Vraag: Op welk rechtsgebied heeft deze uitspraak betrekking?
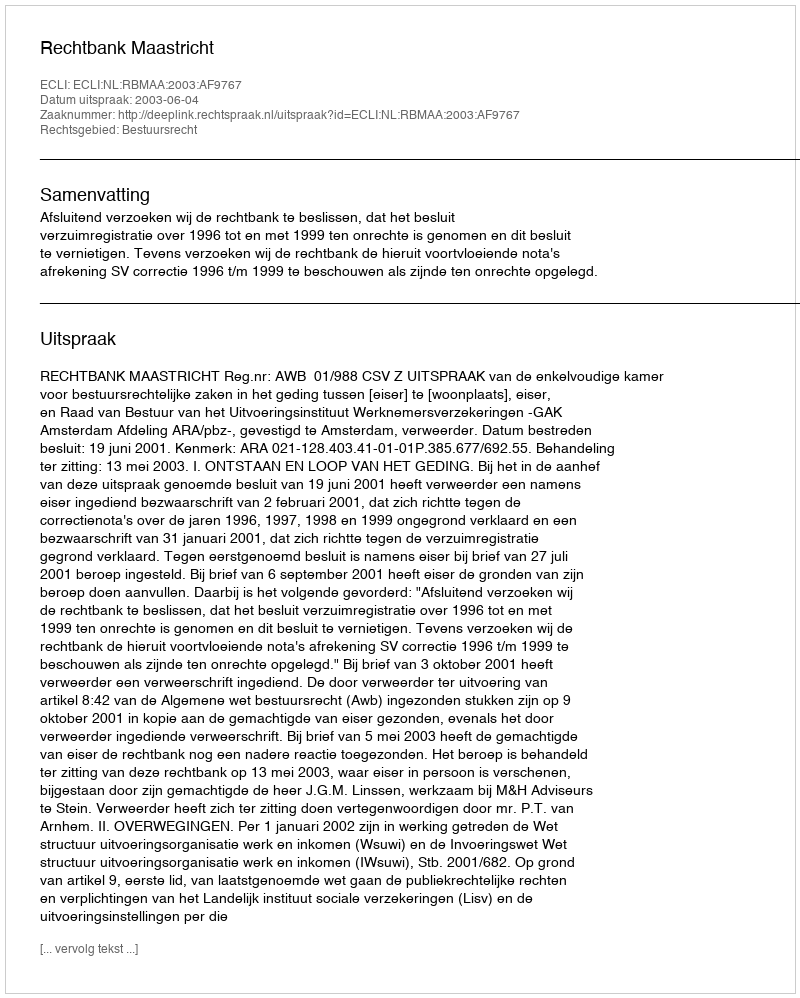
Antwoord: Bestuursrecht